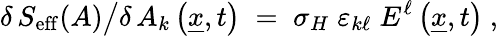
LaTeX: \delta\, S_{\mathrm{eff}}(A)\big/\delta\, A_{k}\left(\underline{{{x}}},t\right)\; =\; \sigma_{H}\; \varepsilon_{k\ell}\; E^{\ell}\left(\underline{{{x}}},t\right)~,